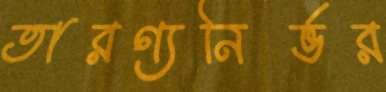
তারণ্যনির্ভর